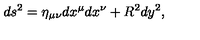
d s ^ { 2 } = \eta _ { \mu \nu } d x ^ { \mu } d x ^ { \nu } + R ^ { 2 } d y ^ { 2 } ,